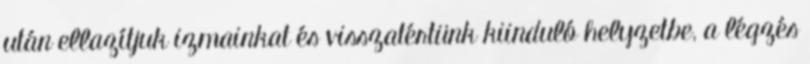
után ellazítjuk izmainkat és visszatértünk kiinduló helyzetbe, a légzés